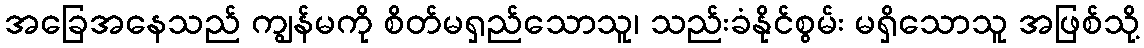
အခြေအနေသည် ကျွန်မကို စိတ်မရှည်သောသူ၊ သည်းခံနိုင်စွမ်း မရှိသောသူ အဖြစ်သို့